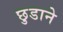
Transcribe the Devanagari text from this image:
छ़ुडाने